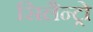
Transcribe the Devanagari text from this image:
सिलैन्ट्रो